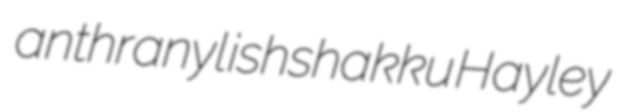
anthranyl ishshakku Hayley